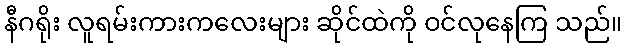
နီဂရိုး လူရမ်းကားကလေးများ ဆိုင်ထဲကို ဝင်လုနေကြ သည်။